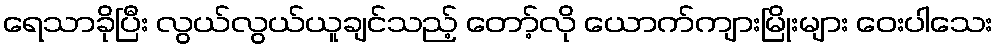
ရေသာခိုပြီး လွယ်လွယ်ယူချင်သည့် တော့်လို ယောက်ကျားမြိုးများ ဝေးပါသေး